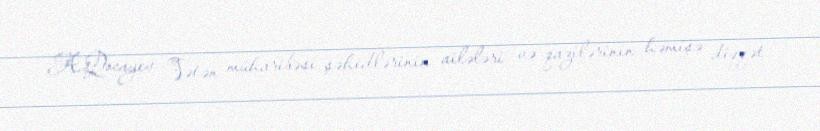
A.Qocayev Vətən müharibəsi şəhidlərinin ailələri və qazilərinin həmişə diqqət